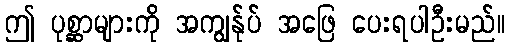
ဤ ပုစ္ဆာများကို အကျွန်ုပ် အဖြေ ပေးရပါဦးမည်။